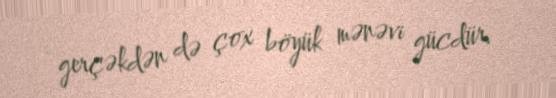
gerçəkdən də çox böyük mənəvi gücdür.